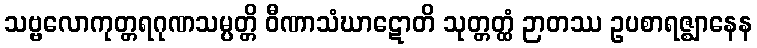
သဗ္ဗလောကုတ္တရဂုဏသမ္ပတ္တိ ဝီဏာသံဃာဋောတိ သုတ္တတ္ထံ ဉာတဿ ဥပစာရဇ္ဈာနေန